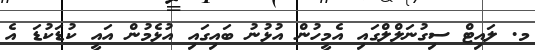
މ. ލައިޓް ސިގުނަލްލްގައި އެމީހުން އުޅުނު ބައިގައި އުޅެމުން އައީ ކުޑަކުޑަ އެ